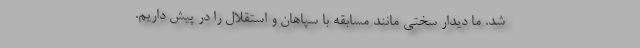
شد. ما دیدار سختی مانند مسابقه با سپاهان و استقلال را در پیش داریم.